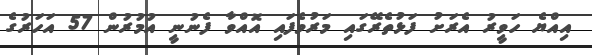
އިއްޔެ ހަވީރު އެރަށު ފަޅުތެރޭގައި މަރުވެފައި އޮއްވާ ފެނުނީ އުމުރުން 57 އަހަރުގެ